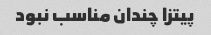
پیتزا چندان مناسب نبود